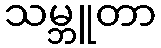
သမ္ဘူတာ